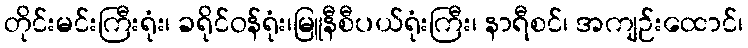
တိုင်းမင်းကြီးရုံး၊ ခရိုင်ဝန်ရုံး၊မြူနီစီပယ်ရုံးကြီး၊ နာရီစင်၊ အကျဉ်းထောင်၊